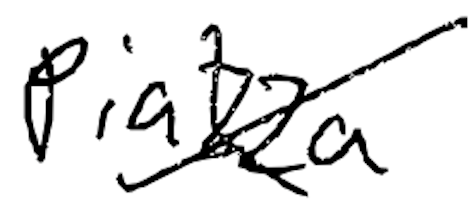
Text: Piazza
Cross-out: cross
Writing tool: digital_black